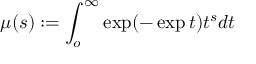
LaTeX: \mu ( s ) : = \int _ { o } ^ { \infty } \exp ( - \exp t ) t ^ { s } d t